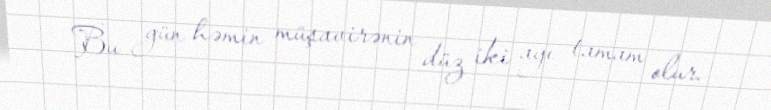
Bu gün həmin müşavirənin düz iki ayı tamam olur.